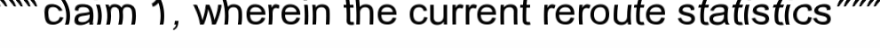
"""claim 1, wherein the current reroute statistics"""